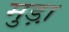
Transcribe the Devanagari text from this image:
मुड़ा़